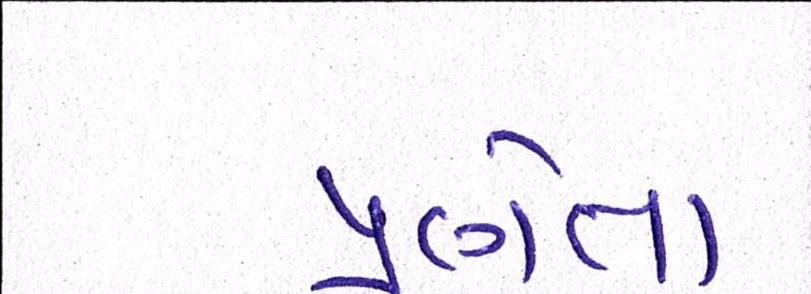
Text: પ્રણેતા